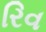
રિવ